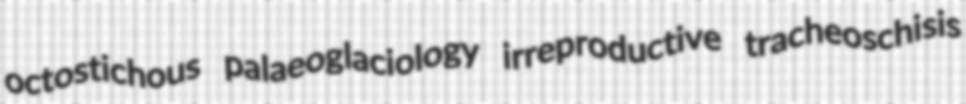
octostichous palaeoglaciology irreproductive tracheoschisis